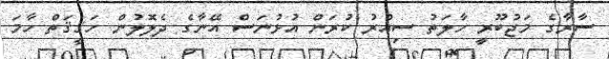
ސާރާގެ މަޖުބޫރީ ހާލަތު ސިއްރު ކުރަން އުޅުނަސް އޭނާގެ ދެލޮލުން ހަޤީޤަތް ހާމަ